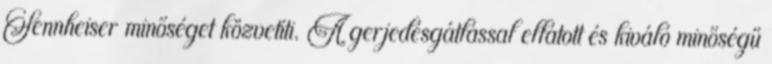
Sennheiser minőséget közvetíti. A gerjedésgátlással ellátott és kiváló minőségű